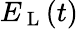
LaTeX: E_{\mathrm{~L~}}(t)